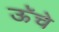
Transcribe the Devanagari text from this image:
ऊॅचे